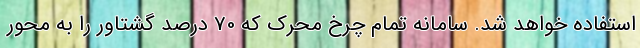
استفاده خواهد شد. سامانه تمام چرخ محرک که 70 درصد گشتاور را به محور